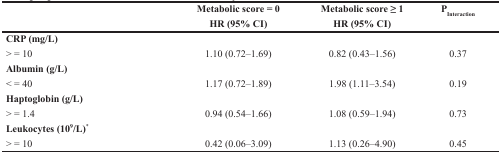
<table><thead><tr><td>[EMPTY_CELL]</td><td><b>Metabolic score = 0HR (95% CI)</b></td><td><b>Metabolic score ≥ 1HR (95% CI)</b></td><td><b>P<sub>Interaction</sub></b></td></tr></thead><tbody><tr><td><b>CRP (mg/L)</b></td><td>[EMPTY_CELL]</td><td>[EMPTY_CELL]</td><td>[EMPTY_CELL]</td></tr><tr><td>&gt; = 10</td><td>1.10 (0.72–1.69)</td><td>0.82 (0.43–1.56)</td><td>0.37</td></tr><tr><td><b>Albumin (g/L)</b></td><td>[EMPTY_CELL]</td><td>[EMPTY_CELL]</td><td>[EMPTY_CELL]</td></tr><tr><td>&lt; = 40</td><td>1.17 (0.72–1.89)</td><td>1.98 (1.11–3.54)</td><td>0.19</td></tr><tr><td><b>Haptoglobin (g/L)</b></td><td>[EMPTY_CELL]</td><td>[EMPTY_CELL]</td><td>[EMPTY_CELL]</td></tr><tr><td>&gt; = 1.4</td><td>0.94 (0.54–1.66)</td><td>1.08 (0.59–1.94)</td><td>0.73</td></tr><tr><td><b>Leukocytes (10</b><sup><b>9</b></sup><b>/L)</b><sup>*</sup></td><td>[EMPTY_CELL]</td><td>[EMPTY_CELL]</td><td>[EMPTY_CELL]</td></tr><tr><td>&gt; = 10</td><td>0.42 (0.06–3.09)</td><td>1.13 (0.26–4.90)</td><td>0.45</td></tr></tbody></table>